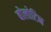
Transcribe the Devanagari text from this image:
बोलोटिन